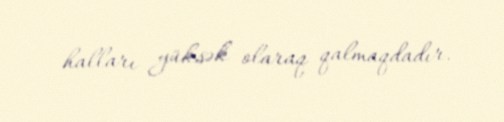
halları yüksək olaraq qalmaqdadır.